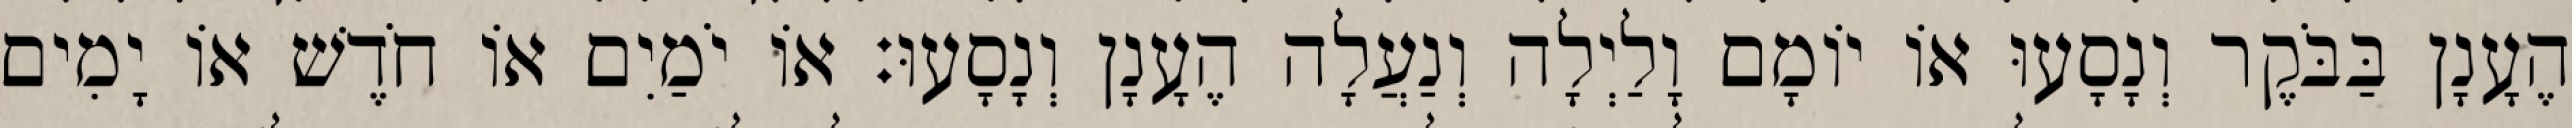
הֶעָנָן בַּבֹּקֶר וְנָסָעוּ אוֹ יוֹמָם וָלַיְלָה וְנַעֲלָה הֶעָנָן וְנָסָעוּ׃ אוֹ יֹמַיִם אוֹ חֹדֶשׁ אוֹ יָמִים